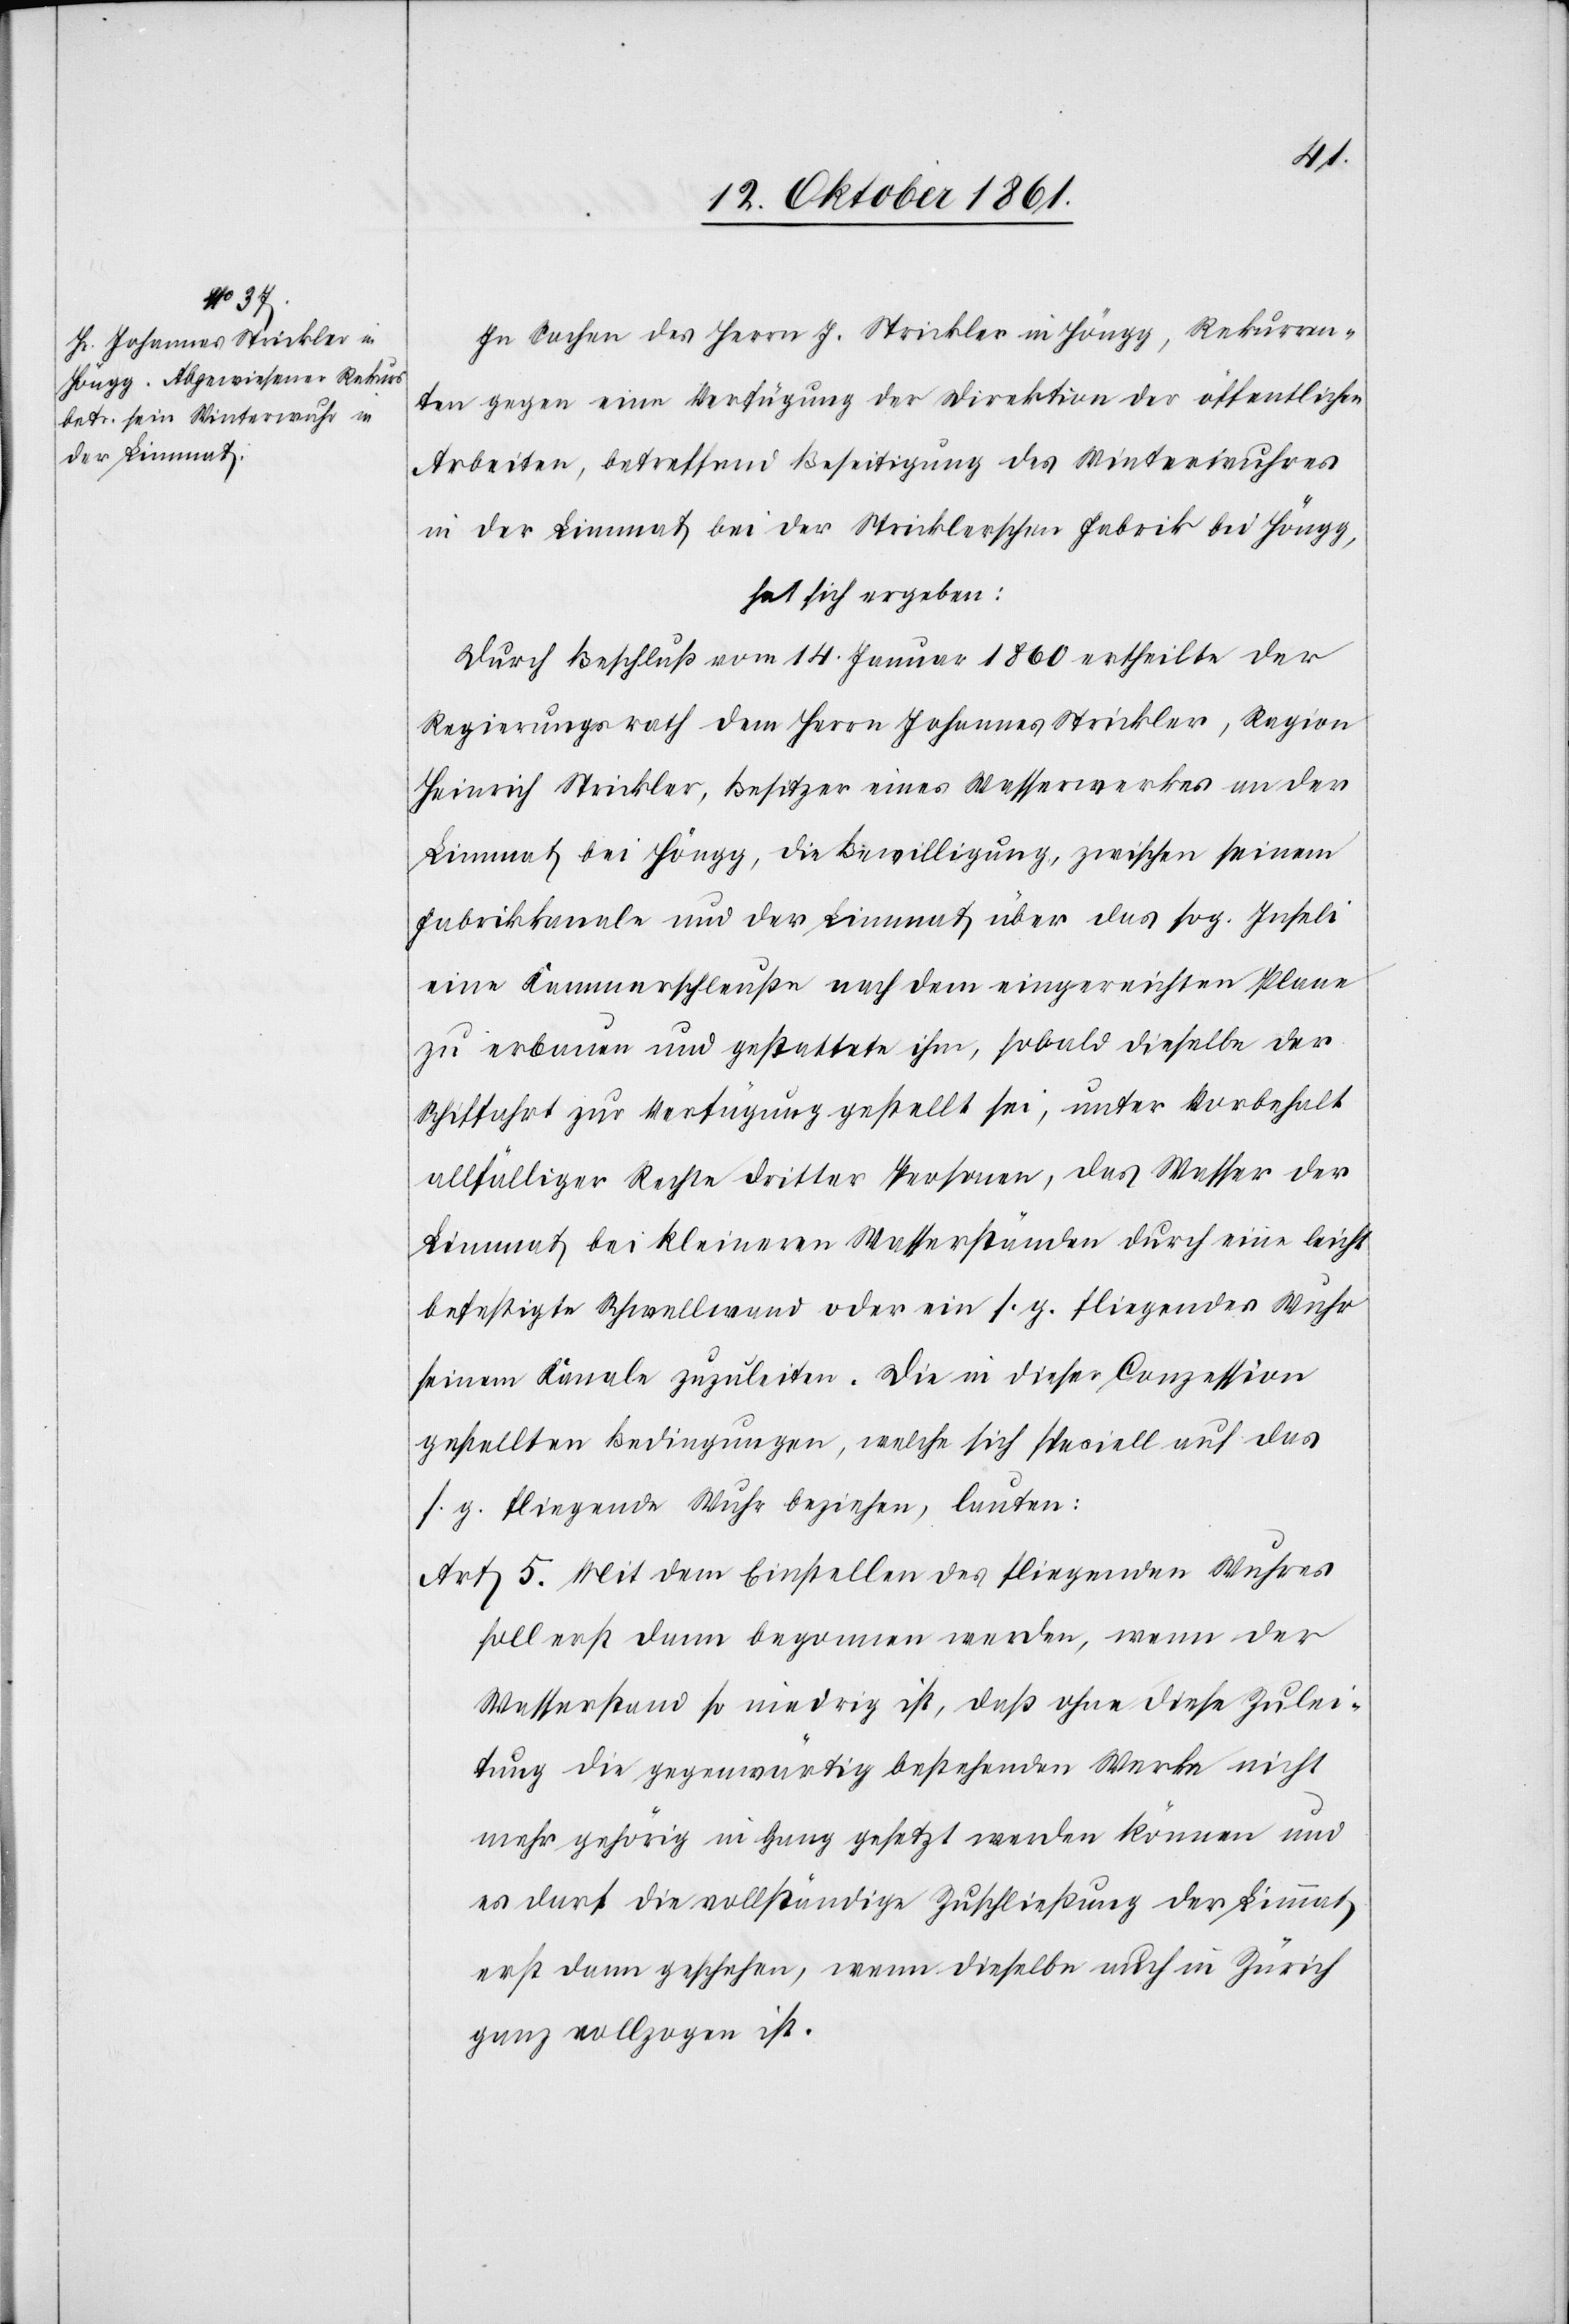
In Sachen des Herrn J. Strickler in Höngg, Rekurren¬
ten gegen eine Verfügung der Direktion der öffentlichen
Arbeiten, betreffend Beseitigung des Winterwuhres
in der Limmat bei der Stricklerschen Fabrik bei Höngg,
hat sich ergeben:
Durch Beschluß vom 14 Januar 1860 ertheilte der
Regierungsrath dem Herrn Johannes Strickler, Ragion
Heinrich Strickler, Besitzer eines Wasserwerkes an der
Limmat bei Höngg, die Bewilligung, zwischen seinem
Fabrikkanale und der Limmat über das sog. Inseli
eine Kammerschleuße nach dem eingereichten Plane
zu erbauen und gestattete ihm, sobald dieselbe der
Schiffahrt zur Verfügung gestellt sei, unter Vorbehalt
allfälliger Rechte dritter Personen, das Wasser der
Limmat bei kleinern Wasserständen durch eine leicht
befestigte Schwellwand oder ein s. g. fliegendes Wuhr
seinem Kanale zuzuleiten. Die in dieser Conzession
gestellten Bedingungen, welche sich speciell auf das
s. g. fliegende Wuhr beziehen, lauten:
Art. 5. Mit dem Einstellen des fliegenden Wuhres
soll erst dann begonnen werden, wenn der
Wasserstand so niedrig ist, daß ohne diese Zulei¬
tung die gegenwärtig bestehenden Werke nicht
mehr gehörig in Gang gesetzt werden können und
es darf die vollständige Zuschließung der Limmat
erst dann geschehen, wenn dieselbe auch in Zürich
ganz vollzogen ist.